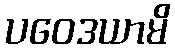
ပဝေဒယာမိ